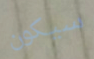
سيكون